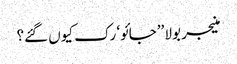
منیجر بولا ’’جائو‘ رک کیوں گئے؟